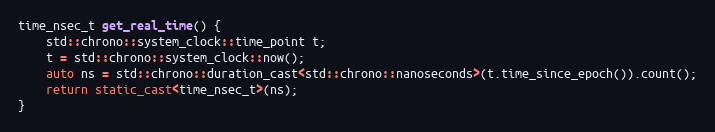
Language: C++
time_nsec_t get_real_time() {
	std::chrono::system_clock::time_point t;
	t = std::chrono::system_clock::now();
	auto ns = std::chrono::duration_cast<std::chrono::nanoseconds>(t.time_since_epoch()).count();
	return static_cast<time_nsec_t>(ns);
}